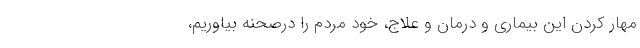
مهار کردن این بیماری و درمان و علاج، خود مردم را درصحنه بیاوریم،